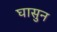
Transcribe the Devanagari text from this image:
घासुन